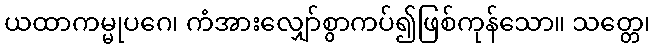
ယထာကမ္မုပဂေ၊ ကံအားလျှော်စွာကပ်၍ဖြစ်ကုန်သော။ သတ္တေ၊